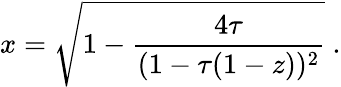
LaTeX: x=\sqrt{1-{\frac{4\tau}{(1-\tau(1-z))^{2}}}}\ .